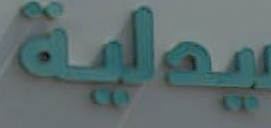
يدلية